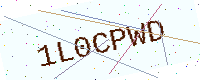
Text: 1L0CPWD